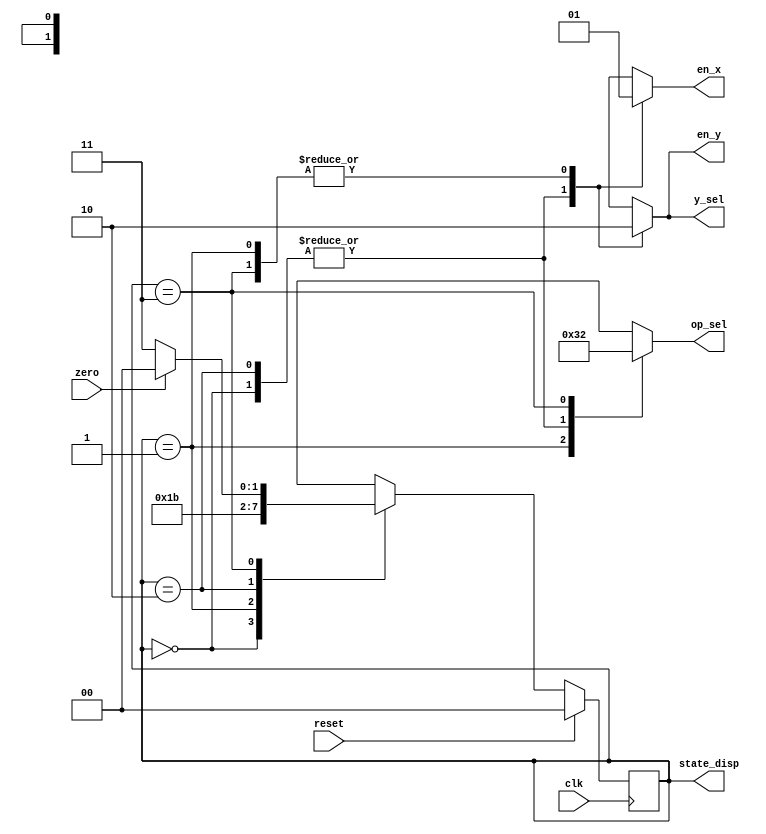
module countdown_fsm (
   input             clk,
   input             reset,
   input             zero,
   output reg  [1:0] op_sel,
   output reg        en_x,
   output reg        en_y,
   output reg        y_sel,
   // bring internal state register to output port for display use only
   output      [1:0] state_disp
   );
   
   parameter S0   = 2'd0;
   parameter S1   = 2'd1;
   parameter S2   = 2'd2;
   parameter S3   = 2'd3;

   
   reg [1:0] state, next_state;
   
   assign state_disp = state;
   
   always @(posedge clk)
      if (reset)
         state <= S0;
      else
         state <= next_state;
   
      
   always @(*) begin
      op_sel   = 0;
      en_x     = 0;
      en_y     = 0;
      y_sel    = 0;
      case (state)
         S0: begin
            y_sel = 1;  en_y = 1;
            next_state = S1;
         end
         S1: begin
            op_sel = 3;  en_x = 1;
            next_state = S2;
         end
         S2: begin
            y_sel = 1;  en_y = 1;
            next_state = S3;
         end
         S3: begin
            op_sel = 2;  en_x = 1;
            if (zero)
               next_state = S0;
            else
               next_state = S3;
         end
         default
            next_state = S0;
      endcase
   end
   
endmodule